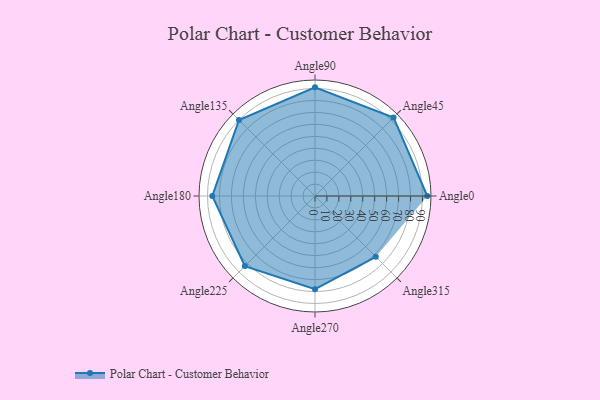
{"axis": {"x": "Angle", "y": "Radius"}, "legend": [""], "data": [{"x": "Angle0", "y": 94.0, "type": ""}, {"x": "Angle45", "y": 93.0, "type": ""}, {"x": "Angle90", "y": 91.0, "type": ""}, {"x": "Angle135", "y": 90.0, "type": ""}, {"x": "Angle180", "y": 86.0, "type": ""}, {"x": "Angle225", "y": 83.0, "type": ""}, {"x": "Angle270", "y": 78.0, "type": ""}, {"x": "Angle315", "y": 72.0, "type": ""}]}